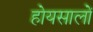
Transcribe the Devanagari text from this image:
होयसालों